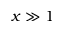
x \gg 1